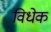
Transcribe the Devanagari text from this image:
विधेक